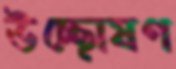
উচ্ছোষণ